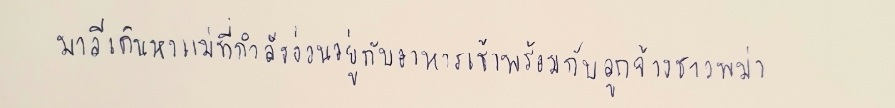
มาลีเดินหาแม่ที่กำลังง่วนอยู่กับอาหารเช้าพร้อมกับลูกจ้างชาวพม่า